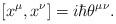
LaTeX: \begin{align*}[x^\mu,x^\nu]=i\hbar \theta ^{\mu\nu}.\end{align*}